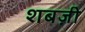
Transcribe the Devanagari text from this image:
शबज़ी